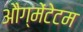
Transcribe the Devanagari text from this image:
औग्मेंटेटम